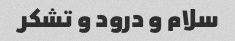
سلام و درود و تشکر